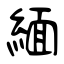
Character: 緬